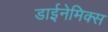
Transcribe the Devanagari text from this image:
डाईनेमिक्स